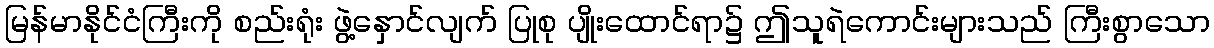
မြန်မာနိုင်ငံကြီးကို စည်းရုံး ဖွဲ့နှောင်လျက် ပြုစု ပျိုးထောင်ရာ၌ ဤသူရဲကောင်းများသည် ကြီးစွာသော